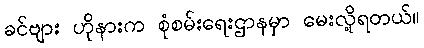
ခင်ဗျား ဟိုနားက စုံစမ်းရေးဌာနမှာ မေးလို့ရတယ်။